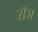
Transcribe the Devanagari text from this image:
रॉज